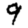
Digit: 9